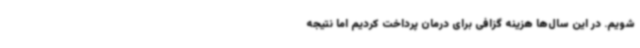
شویم. در این سال‌ها هزینه گزافی برای درمان پرداخت کردیم اما نتیجه